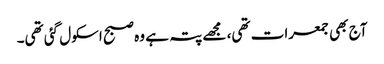
آج بھی جمعرات تھی، مجھے پتہ ہے وہ صبح اسکول گئی تھی۔